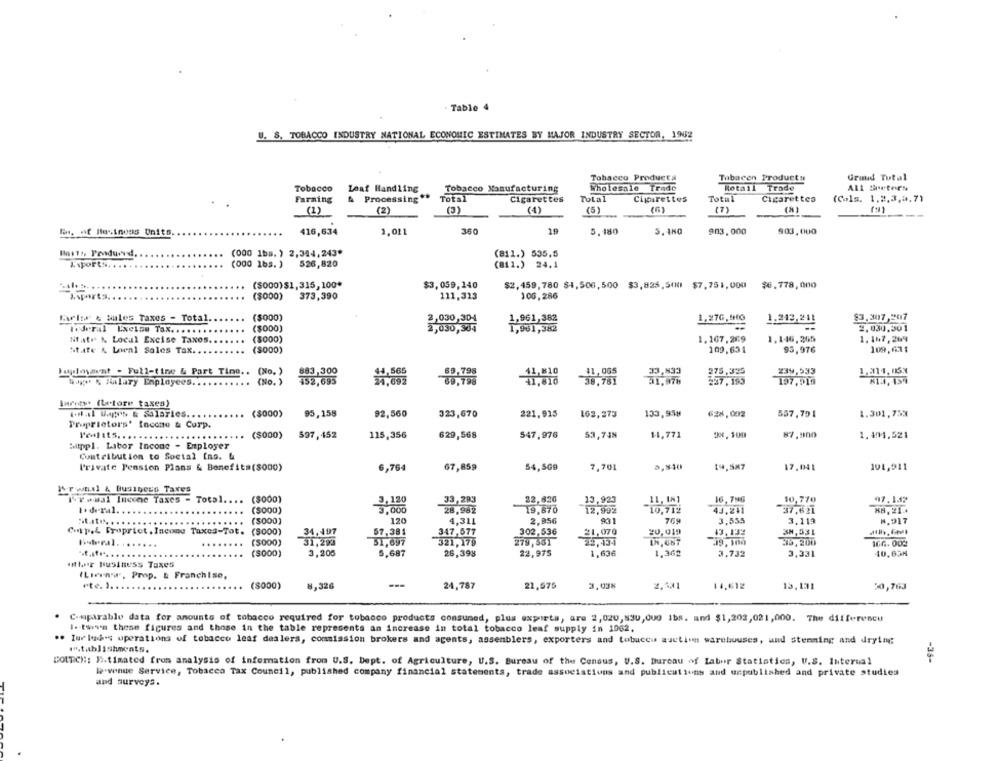
. Table 4
U. S. TOBACCO INDUSTRY NATIONAL ECONOMIC ESTIMATES BY MAJOR INDUSTRY SECTOR, 1902
Tobacco Products
Tabacen Products
Graud Tutal
Tobacco
Leat Handling
Tobacco Manufacturing
Wholesale Trade
Rotail Trade
All BretoEn
Farming
& Processing **
Total
Cigarettes
ToLal
Cigarettes
Total
Cigarettes
(Cols. 1.2.3,3,71
(1)
(2)
(3)
(4)
(5)
(7)
(2)
19
En. af Heinous Units.
416,634
1,011
360
5,180
5.480
903,000
903,000
Insta. Pendured.
(000 1bs. ) 2,344,243*
(811.) 535.5
Isports. ...
(000 1bs. )
526,820
(B11.) 24.1
($000)$1,315,100*
$3,059,140
$2,459,780 $4,506,500 $3,825,500 $7,751,000
$6.778,000
Asports.
($000)
373,390
111,313
106,286
Karlts' & bules Taxes - Total.
($000)
1,961,382
1.27G, 9HO
1.213.241
$3.307,207
($000)
2,030,304
2.030.301
l.deral Excise Tax .....
2,030,304
1,961,382
Nfat & Local Excise Taxos.
(5000)
1.167,269
1.116,265
1.167,269
State & Lneal Sales Tax ..
(S000)
109,631
93,976
109,631
Palmaent - Full-time & Part Ting .. (No. )
33,833
275,395
239,533
1.314,163
(No. )
31.976
237,193
81.4, 139
Wage & Salary Enployees
197,919
Iwrety' (Letore taxea)
total Weh & Salaries ..
($000)
95,158
92,560
323,670
221,915
163,373
133,958
628,002
557,791
1.301,753
Proprietors' Incone & Corp.
($000)
597,452
115,356
629,568
547,976
53,748
14,771
87.900
1.401,521
Mitppl. Libor Incone - Employer
Contribution to Soctal Ins. &
Private Pension Plans & Benefits($000)
6,764
67,859
54,509
7,701
5,810
17,041
101,911
IT will & Business Taxes
Nrwwsi Income Taxes - Total .... ($000)
33, 283
22,820
13,923
11, IN1
16,796
10,770
97.137
1. dr-ral. .
(S000)
19.870
12,992
10,712
43,241
37.621
($000)
120
4.311
2,956
93 1
769
3,555
3.119
8. 917
Corp.L Propriet . Income Taxes-Tot.
($000)
34,197
57.381
347,577
302,536
20,019
3N,531
31,292
279,55T
Huberal.
($000)
51,697
321,179
39,300
39,200
166.000
(S000)
3,205
5,687
26,398
22,975
1,636
1,362
3.732
3,331
10,63M
attar business Taxes
(Livin's. Prop. & Franchise,
ete. ).
(8000)
8,326
---
24,787
22,575
3.038
2.301
14,612
13.131
50,763
Comparable data for amounts of tobacco required for tobacco products consumed, plus exporta, are 2,020,890,000 1bs. and $1,202,021,000. The difference
1.twym these figures and those in the table represents an increase in total tobacco leaf supply in 1062.
.. Tur boh's operations of tobacco leaf dealers, commission brokers and agents, assemblers, exporters and tobacco auction warehouses, und stemming and drying
."tablishments.
COLDCH: E.timated from analysis of information from U.S. Dept. of Agriculture, U.S. Bureau of the Census, U.S. Bureau of Labor Statistics, U.S. Internal
-35-
W-venue Service, Tobacco Tax Council, published company financial statements, trade associations and publications and unpublished and private studies
and surveys.